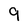
Character: 9